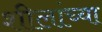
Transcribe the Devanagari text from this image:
शीलांच्या